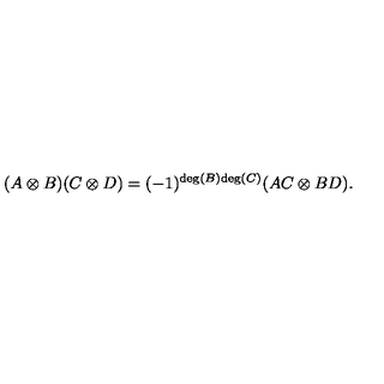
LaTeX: ( A \otimes B ) ( C \otimes D ) = ( - 1 ) ^ { \mathrm { d e g } ( B ) \mathrm { d e g } ( C ) } ( A C \otimes B D ) .